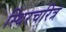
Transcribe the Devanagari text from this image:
स्थिरचरित्र